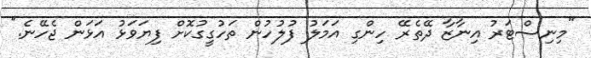
"މިނިސްޓަރު އިނާޒާ ދޭތެރޭ ހިންގި އަމަލު ފުލުހުން ތަހުގީގުކޮށް ފިޔަވަޅު އަޅަން ޖެހޭނެ."